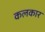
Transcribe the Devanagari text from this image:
कलकार